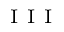
^ \mathrm { ~ I ~ I ~ I ~ }